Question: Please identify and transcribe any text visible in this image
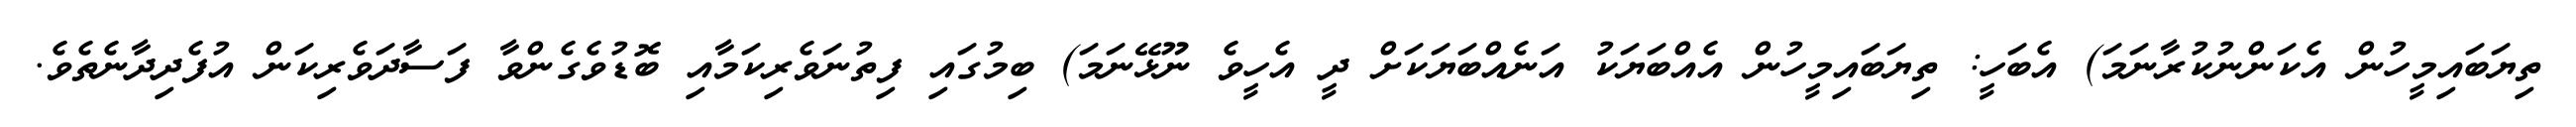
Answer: ތިޔަބައިމީހުން އެކަންނުކުރާނަމަ) އެބަހީ: ތިޔަބައިމީހުން އެއްބަޔަކު އަނެއްބަޔަކަށް ދީ އެހީވެ ނޫޅޭނަމަ) ބިމުގައި ފިތުނަވެރިކަމާއި ބޮޑުވެގެންވާ ފަސާދަވެރިކަން އުފެދިދާނެތެވެ.